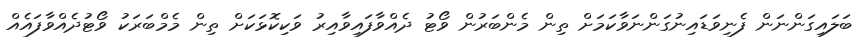
ބަލައިގަންނަން ފެނިވަޑައިނުގަންނަވާކަމަށް ތިން މެންބަރުން ވޯޓު ދެއްވާފައިވާއިރު ވަކިކޮޅަކަށް ތިން މެމްބަރަކު ވޯޓުދެއްވާފައެއް